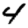
Digit: 4